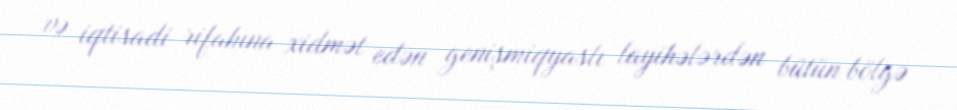
və iqtisadi rifahına xidmət edən genişmiqyaslı layihələrdən bütün bölgə